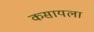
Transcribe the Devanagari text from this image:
कसायला